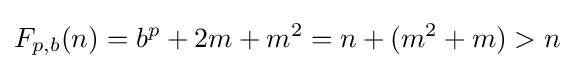
F_{p,b}(n)=b^{p}+2m+m^{2}=n+(m^{2}+m)>n